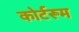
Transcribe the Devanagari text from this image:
कोर्टरूम